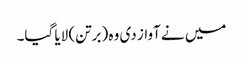
میں نے آواز دی وہ (برتن) لایا گیا۔